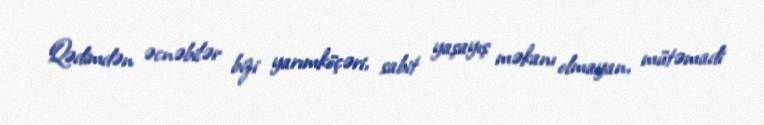
Qədimdən əcnəbilər bizi yarımköçəri, sabit yaşayış məkanı olmayan, mütəmadi